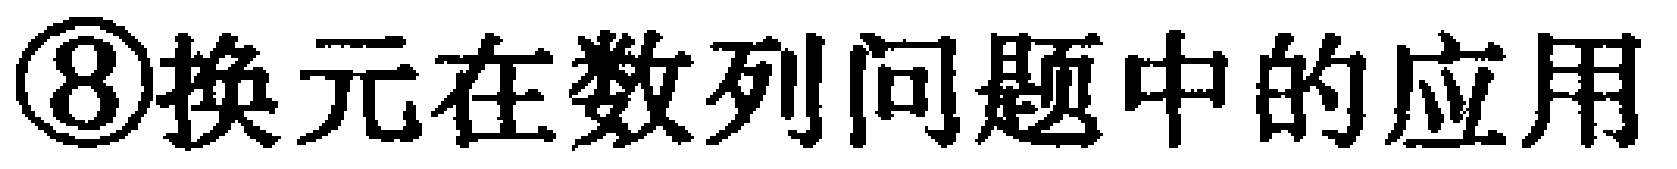
\textcircled{8}换元在数列问题中的应用